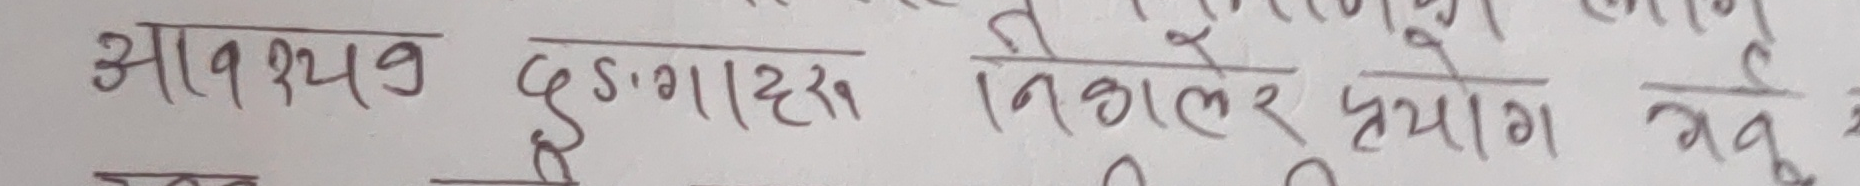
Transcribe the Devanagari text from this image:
आवश्यव डुंगाहरु निकालेर प्रयोग गर्नु